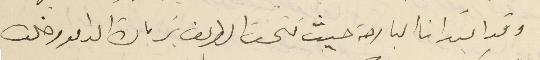
وقد ابتدانا البارحة حيث فتحت الطريق بزيارة الدامور خلده